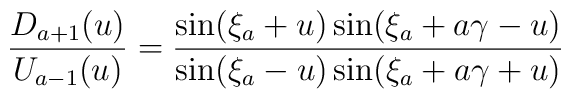
\frac{D_{a+1}(u)}{U_{a-1}(u)}=\frac{\sin(\xi_a+u)\sin(\xi_a+a\gamma-u)}{\sin(\xi_a-u)\sin(\xi_a+a\gamma+u)}